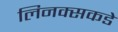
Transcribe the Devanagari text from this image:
लिनक्सकडे